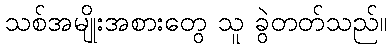
သစ်အမျိုးအစားတွေ သူ ခွဲတတ်သည်။